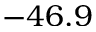
- 4 6 . 9